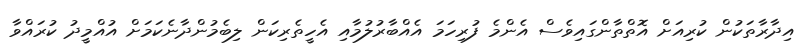
އިދާރާތަކުން ކުރިއަށް އޮތްތާންގައިވެސް އެންމެ ފުރިހަމަ އެއްބާރުލުމާއި އެހީތެރިކަން ލިބެމުންދާނެކަމަށް އުއްމީދު ކުރައްވާ